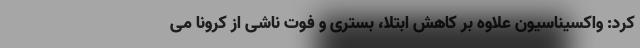
کرد: واکسیناسیون علاوه بر کاهش ابتلا، بستری و فوت ناشی از کرونا می